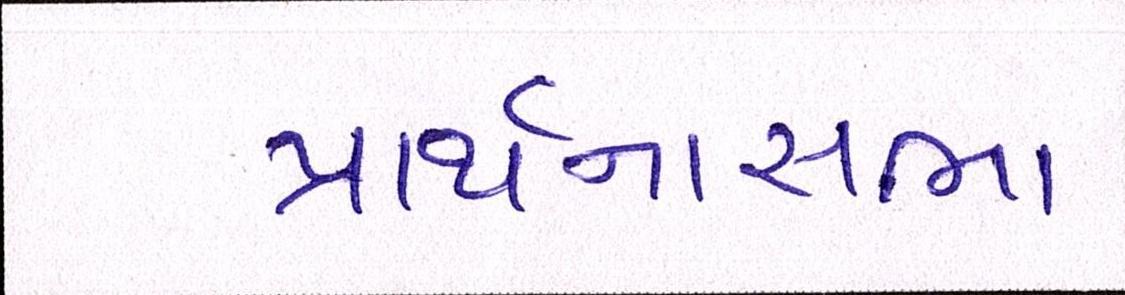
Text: પ્રાર્થનાસભા